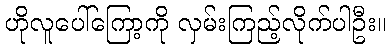
ဟိုလူပေါ်ကြော့ကို လှမ်းကြည့်လိုက်ပါဦး။